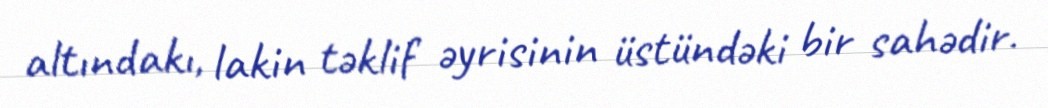
altındakı, lakin təklif əyrisinin üstündəki bir sahədir.